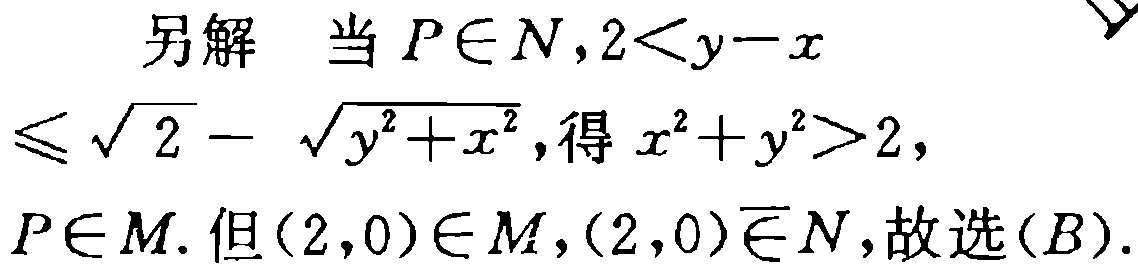
另解 当 \(P\in N,2<y - x\leqslant\sqrt{2}-\sqrt{y^{2}+x^{2}}\),得 \(x^{2}+y^{2}>2\), \(P\in M\). 但\((2,0)\in M,(2,0)\notin N\),故选\((B)\).